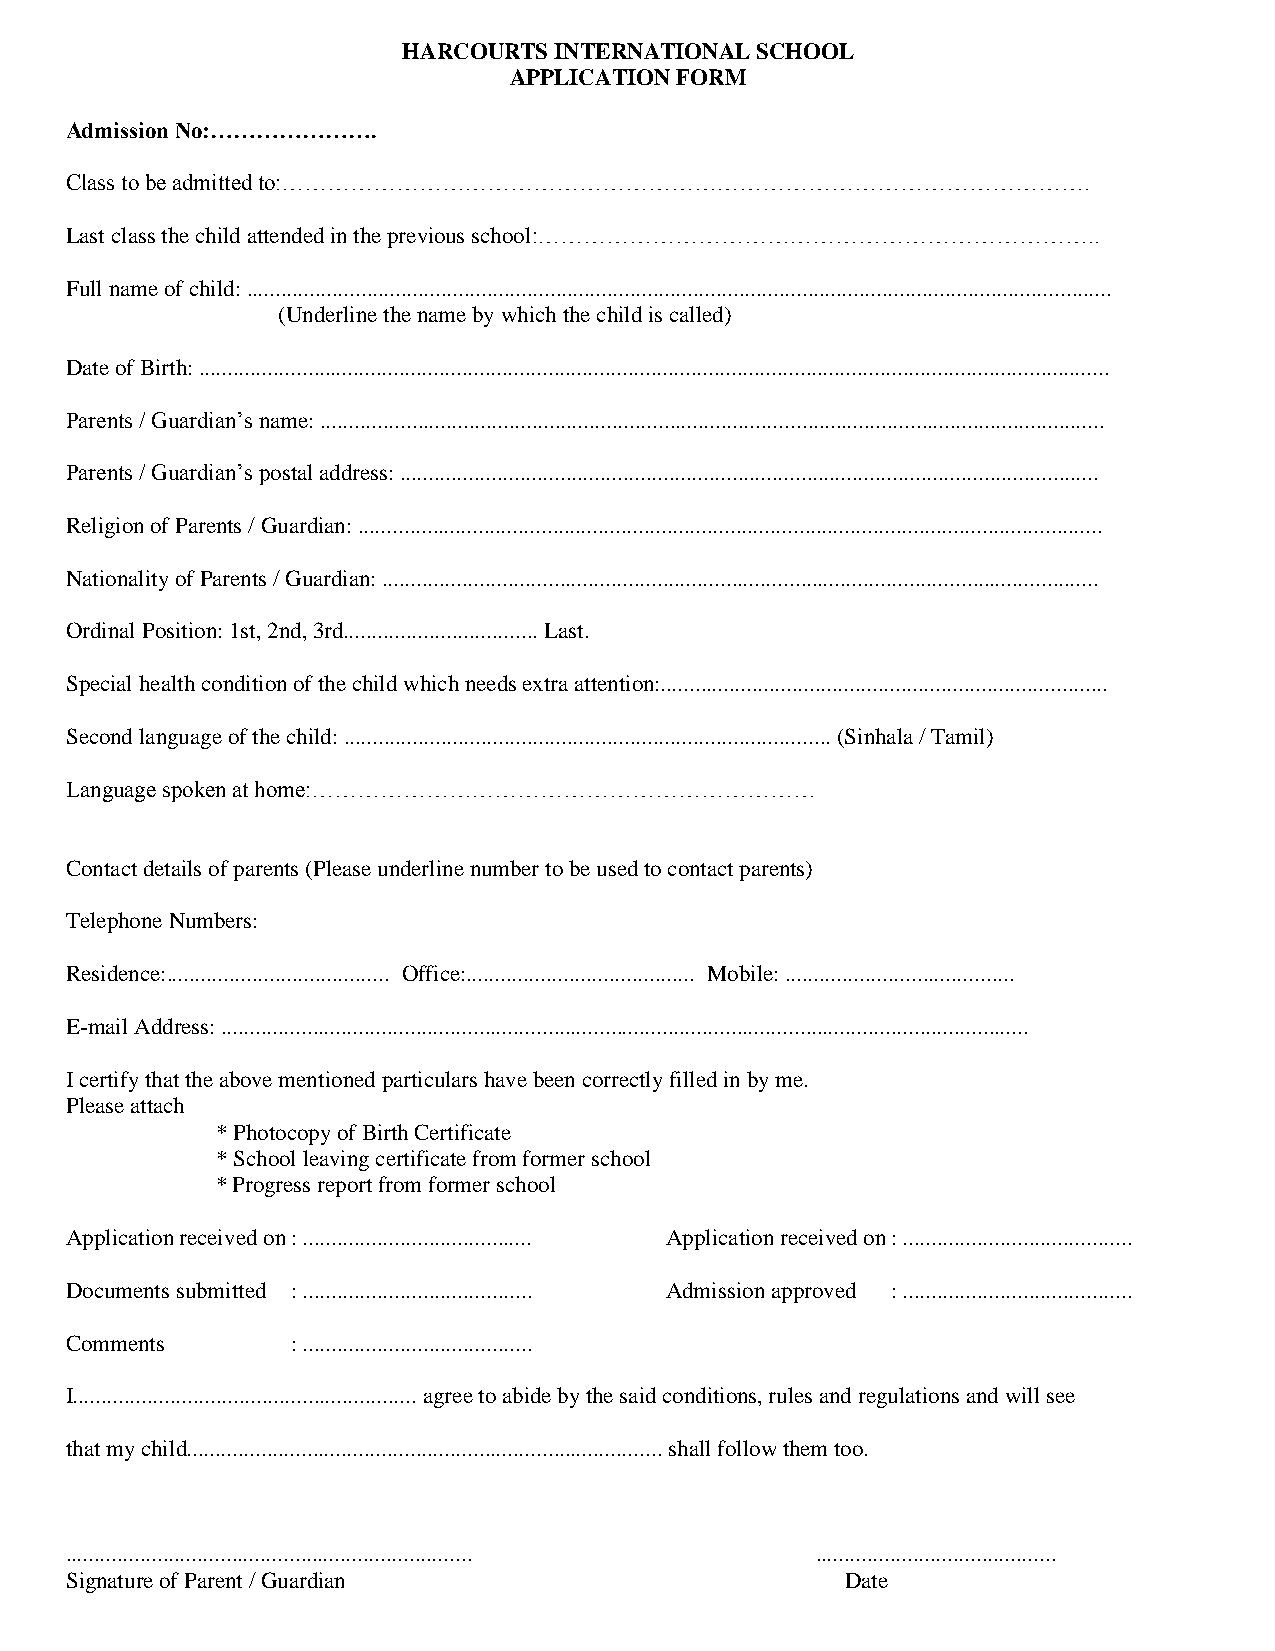
HARCOURTS INTERNATIONAL SCHOOL
 APPLICATION FORM
 Admission No:………………….
 Class to be admitted to:…………………………………………………………………………………………….
 Last class the child attended in the previous school:………………………………………………………………..
 Full name of child: .......................................................................................................................................................
 (Underline the name by which the child is called)
 Date of Birth: ...............................................................................................................................................................
 Parents / Guardian’s name: .........................................................................................................................................
 Parents / Guardian’s postal address: ..........................................................................................................................
 Religion of Parents / Guardian: ..................................................................................................................................
 Nationality of Parents / Guardian: .............................................................................................................................
 Ordinal Position: 1st, 2nd, 3rd.................................. Last.
 Special health condition of the child which needs extra attention:..............................................................................
 Second language of the child: ..................................................................................... (Sinhala / Tamil)
 Language spoken at home:…………………………………………………………
 Contact details of parents (Please underline number to be used to contact parents)
 Telephone Numbers:
 Residence:....................................... Office:........................................ Mobile: ........................................
 E-mail Address: .............................................................................................................................................
 I certify that the above mentioned particulars have been correctly filled in by me.
 Please attach
 * Photocopy of Birth Certificate
 * School leaving certificate from former school
 * Progress report from former school
 Application received on : ........................................ Application received on : ........................................
 Documents submitted : ........................................ Admission approved : ........................................
 Comments       : ........................................
 I............................................................ agree to abide by the said conditions, rules and regulations and will see
 that my child................................................................................... shall follow them too.
 ....................................................................... ..........................................
 Signature of Parent / Guardian                      Date